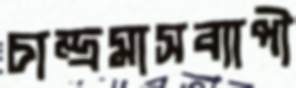
চান্দ্রমাসব্যাপী